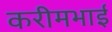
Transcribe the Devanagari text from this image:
करीमभाई